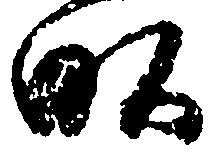
畝